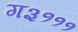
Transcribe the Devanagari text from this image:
ग३१११